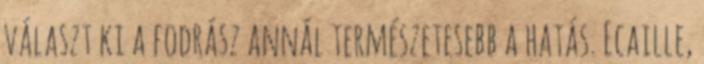
választ ki a fodrász annál természetesebb a hatás. Ecaille,